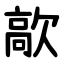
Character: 歊